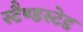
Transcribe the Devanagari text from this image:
स्टैण्डस्टेड